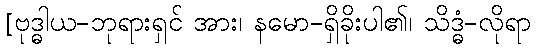
[ဗုဒ္ဓါယ-ဘုရားရှင် အား၊ နမော-ရှိခိုးပါ၏၊ သိဒ္ဓံ-လိုရာ